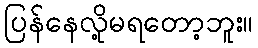
ပြန်နေလို့မရတော့ဘူး။